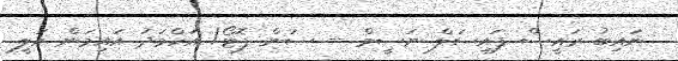
ނައިބު ރައީސް ފައިސަލް ނަސީމް -- ސަން ފޮޓޯ/ އަހްމަދު އައިމަން އަލީ